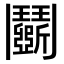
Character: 鬬